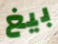
بيغ